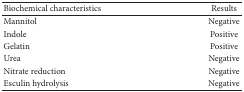
<table><thead><tr><td><b>Biochemical characteristics</b></td><td><b>Results</b></td></tr></thead><tbody><tr><td>Mannitol</td><td>Negative</td></tr><tr><td>Indole</td><td>Positive</td></tr><tr><td>Gelatin</td><td>Positive</td></tr><tr><td>Urea</td><td>Negative</td></tr><tr><td>Nitrate reduction</td><td>Negative</td></tr><tr><td>Esculin hydrolysis</td><td>Negative</td></tr></tbody></table>